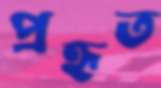
প্রহৃত